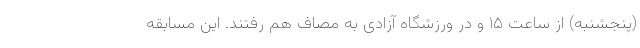
(پنجشنبه) از ساعت ۱۵ و در ورزشگاه آزادی به مصاف هم رفتند. این مسابقه